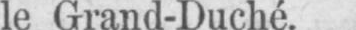
le Grand-Duché.